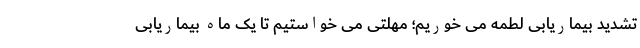
تشدید بیماریابی لطمه می خوریم؛ مهلتی می خواستیم تا یک ماه بیماریابی